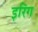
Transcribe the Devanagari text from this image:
इरिंग